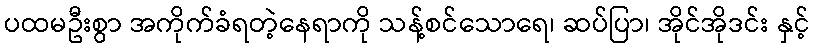
ပထမဦးစွာ အကိုက်ခံရတဲ့နေရာကို သန့်စင်သောရေ၊ ဆပ်ပြာ၊ အိုင်အိုဒင်း နှင့်